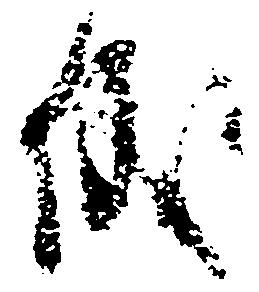
儀